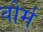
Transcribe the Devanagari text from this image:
वोर्म